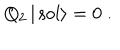
Q _ { 2 } \, | \, \mathrm { s o l } \rangle = 0 \; .